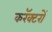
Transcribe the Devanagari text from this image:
करॅक्टरों